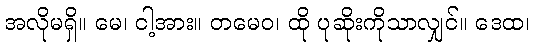
အလိုမရှိ။ မေ၊ ငါ့အား။ တမေဝ၊ ထို ပုဆိုးကိုသာလျှင်။ ဒေထ၊